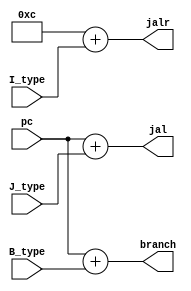
`timescale 1ns / 1ps

/*
  Generates new PC addresses for jal, jalr, and branch
  instructions given the immediate values for I, J, B-type
  instructions, and the current PC value.
*/
module branch_addr_gen(
    input [31:0] I_type, J_type, B_type, pc,
    output [31:0] jal, jalr, branch
    );
    
    parameter rs = 32'h0000_000C; // Source reg for jalr, hardcoded for now
    
    // Assign addresses
    assign jal = pc + J_type;
    assign jalr = rs + I_type;
    assign branch = pc + B_type;
    
endmodule